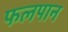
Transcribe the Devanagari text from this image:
फलपान